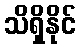
သိရှိနိုင်